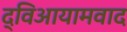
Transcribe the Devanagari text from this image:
द्विआयामवाद